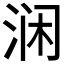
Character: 𰛵